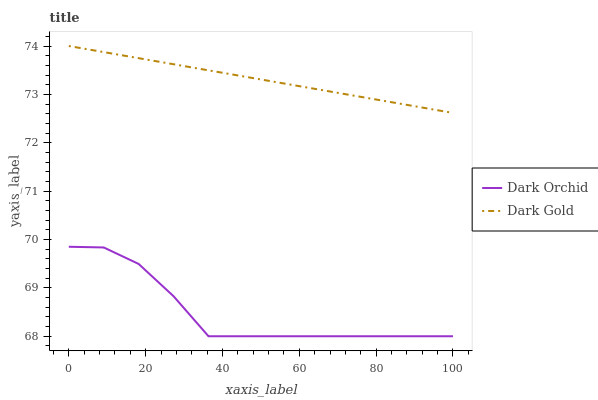
| xaxis_label | Dark Orchid | Dark Gold |
 | --- | --- | --- |
 | 0 | 69.8 | 74 |
 | 9.09 | 69.8 | 73.9 |
 | 18.2 | 69.5 | 73.7 |
 | 27.3 | 68.8 | 73.6 |
 | 36.4 | 68 | 73.5 |
 | 45.5 | 68 | 73.4 |
 | 54.5 | 68 | 73.2 |
 | 63.6 | 68 | 73.1 |
 | 72.7 | 68 | 73 |
 | 81.8 | 68 | 72.9 |
 | 90.9 | 68 | 72.7 |
 | 100 | 68 | 72.6 |